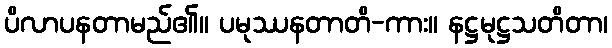
ပိလာပနတာမည်၏။ ပမုဿနတာတိ-ကား။ နဋ္ဌမုဋ္ဌသတိတာ၊